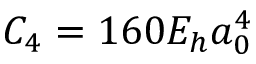
C _ { 4 } = 1 6 0 E _ { h } a _ { 0 } ^ { 4 }